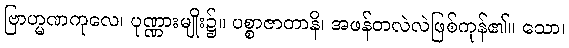
ဗြာဟ္မဏကုလေ၊ ပုဏ္ဏားမျိုး၌။ ပစ္စာဇာတာနိ၊ အဖန်တလဲလဲဖြစ်ကုန်၏။ သော၊